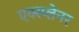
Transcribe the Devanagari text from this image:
एक्स्प्लेनर